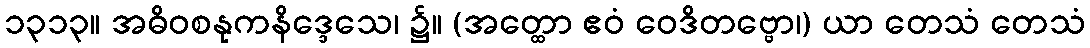
၁၃၁၃။ အဓိဝစနုကနိဒ္ဒေသေ၊ ၌။ (အတ္ထော ဧဝံ ဝေဒိတဗ္ဗော၊) ယာ တေသံ တေသံ